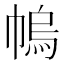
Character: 𢄓